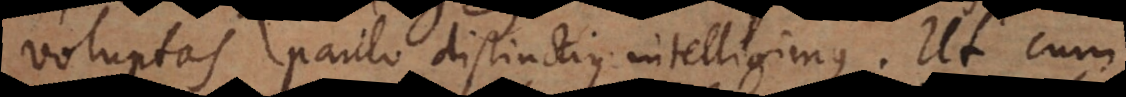
voluptas paulo distinctius intelligimus. Ut cum